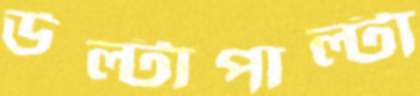
উল্টাপাল্টা